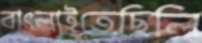
বাৎলাইতেছিলি